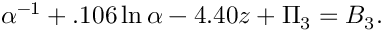
\alpha ^ { - 1 } + . 1 0 6 \ln \alpha - 4 . 4 0 z + \Pi _ { 3 } = B _ { 3 } .